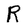
Character: R